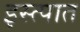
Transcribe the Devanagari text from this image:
इस्त्पात